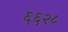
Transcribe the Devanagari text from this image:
६६२८